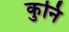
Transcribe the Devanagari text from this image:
कुनि